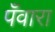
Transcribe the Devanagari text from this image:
पँवारा